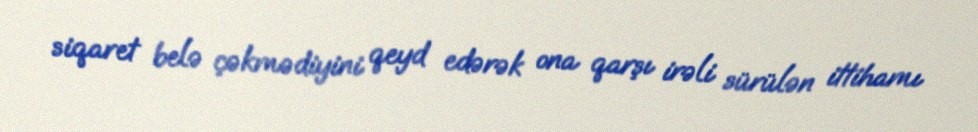
siqaret belə çəkmədiyini qeyd edərək ona qarşı irəli sürülən ittihamı